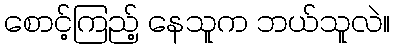
စောင့်ကြည့် နေသူက ဘယ်သူလဲ။